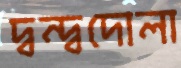
দ্বন্দ্বদোলা